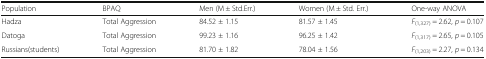
<table><thead><tr><td><b>Population</b></td><td><b>BPAQ</b></td><td><b>Men (M ± Std.Err.)</b></td><td><b>Women (M ± Std. Err.)</b></td><td><b>One-way ANOVA</b></td></tr></thead><tbody><tr><td>Hadza</td><td>Total Aggression</td><td>84.52 ± 1.15</td><td>81.57 ± 1.45</td><td><i>F</i><sub>(1,327)</sub> = 2.62, <i>p</i> = 0.107</td></tr><tr><td>Datoga</td><td>Total Aggression</td><td>99.23 ± 1.16</td><td>96.25 ± 1.42</td><td><i>F</i><sub>(1,317)</sub> = 2.65, <i>p</i> = 0.105</td></tr><tr><td>Russians(students)</td><td>Total Aggression</td><td>81.70 ± 1.82</td><td>78.04 ± 1.56</td><td><i>F</i><sub>(1,203)</sub> = 2.27, <i>p</i> = 0.134</td></tr></tbody></table>